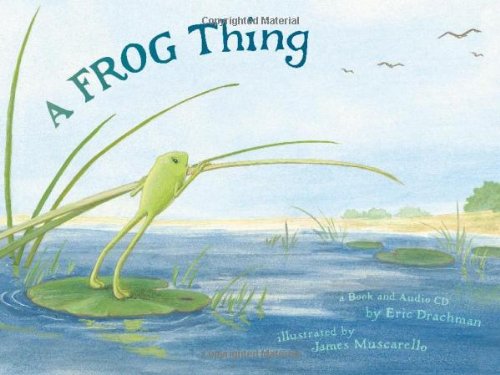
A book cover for A Frog Thing (with Audio CD); Eric Drachman; Children's Books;